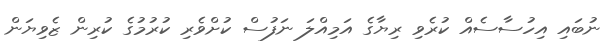
ނުބައި އިހުސާސެއް ކުރެވި ރިޔާގެ އަމިއްލަ ނަފުސް ކުށްވެރި ކުރުމުގެ ކުރިން ޒެވިޔަން